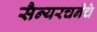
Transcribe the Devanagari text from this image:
सैन्यरचनेचे